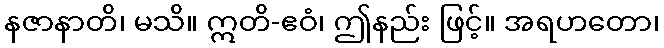
နဇာနာတိ၊ မသိ။ ဣတိ-ဧဝံ၊ ဤနည်း ဖြင့်။ အရဟတော၊